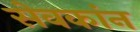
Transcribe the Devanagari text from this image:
सेवकांन